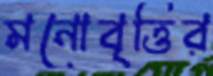
মনোবৃত্তির